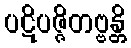
ပဋိပဇ္ဇိတဗ္ဗန္တိ